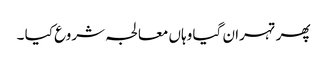
پھر تہران گیا وہاں معالجہ شروع کیا ۔